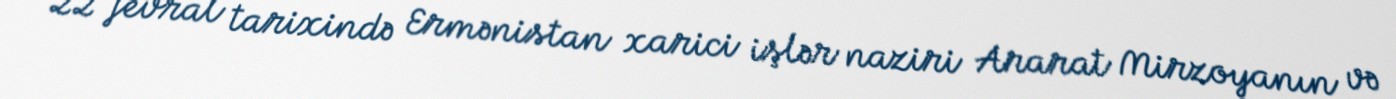
22 fevral tarixində Ermənistan xarici işlər naziri Ararat Mirzoyanın və